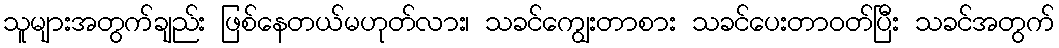
သူများအတွက်ချည်း ဖြစ်နေတယ်မဟုတ်လား၊ သခင်ကျွေးတာစား သခင်ပေးတာဝတ်ပြီး သခင်အတွက်